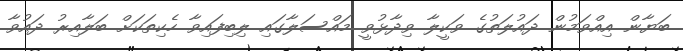
ބަޔާން އިއްވަމުން ދައުލަތުގެ ވަކީލާ ވިދާޅުވީ މައްސަލާގައި ލިބިފައިވާ ހެކިތަކަށް ބަލާއިރު ދައުވާ